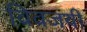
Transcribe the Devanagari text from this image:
विवजयी